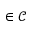
\in \mathcal { C }